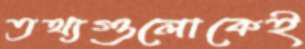
তথ্যগুলোকেই